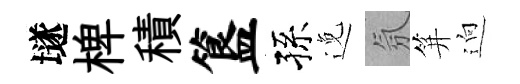
𡑞椑積簋孫𨓜氛笄逈